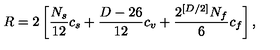
R = 2 \left[ \frac { N _ { s } } { 1 2 } c _ { s } + \frac { D - 2 6 } { 1 2 } c _ { v } + \frac { 2 ^ { [ D / 2 ] } N _ { f } } { 6 } c _ { f } \right] ,